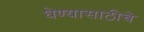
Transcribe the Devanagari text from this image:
घेण्यासाठीचे